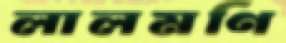
লালমণি